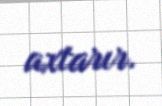
axtarır.